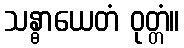
သန္ဓာယေတံ ဝုတ္တံ။